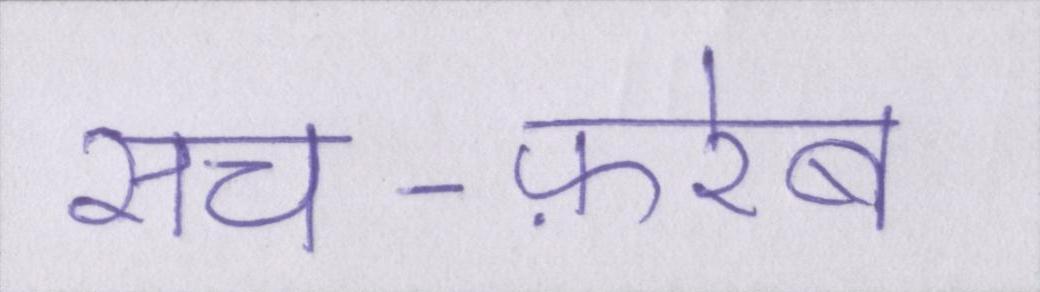
सच-फ़रेब